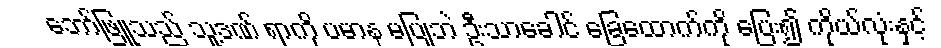
ဘော်ဖြူသည် သူ့ဒဏ် ရာကို ပမာန မပြုဘဲ ဦးသာခေါင် ခြေထောက်ကို ပြေး၍ ကိုယ်လုံးနှင့်